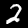
Digit: 2